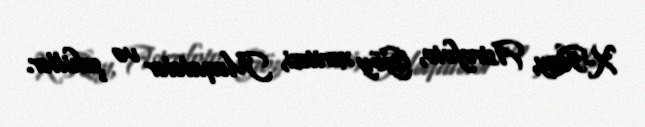
X-Ray, Astrofoto, Göy xəritəsi, Məqalələr və şəkillər.